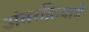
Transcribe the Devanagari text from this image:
अंतरक्रियायें